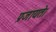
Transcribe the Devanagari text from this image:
प्रजायते।